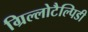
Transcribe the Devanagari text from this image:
ग्रिल्लोटैल्पिडी